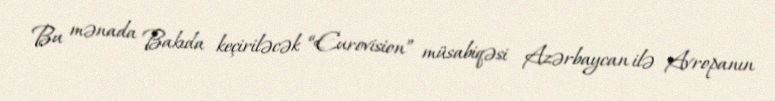
Bu mənada Bakıda keçiriləcək “Eurovision” müsabiqəsi Azərbaycan ilə Avropanın